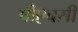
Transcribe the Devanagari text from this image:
पीएचसी